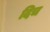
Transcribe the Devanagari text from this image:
दिच